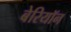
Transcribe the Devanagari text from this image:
बेरियॉन